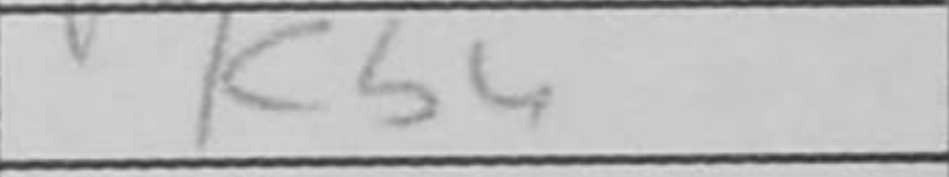
Transcription: Kb4